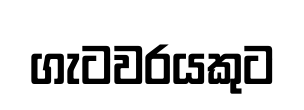
ගැටවරයකුට